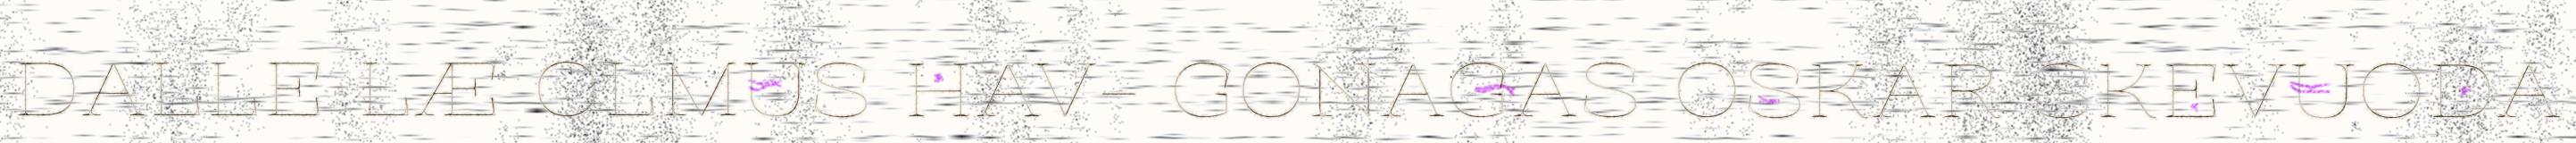
DALLE LÆ OLMUS HAV- GONAGAS OSKAR SKEVUODA